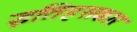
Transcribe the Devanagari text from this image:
इतिहसकार